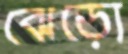
ঝেড়ো